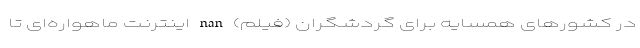
در کشور‌های همسایه برای گردشگران (فیلم) nan اینترنت ماهواره‌ای تا